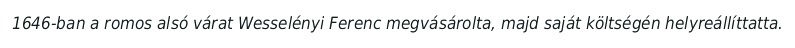
1646-ban a romos alsó várat Wesselényi Ferenc megvásárolta, majd saját költségén helyreállíttatta.